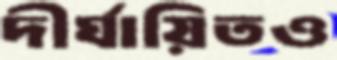
দীর্ঘায়িতও